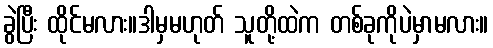
ခွဲပြီး ထိုင်မလား။ဒါမှမဟုတ် သူတို့ထဲက တစ်ခုကိုပဲမှာမလား။